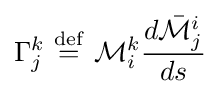
\Gamma _{j}^{k}\ {\stackrel {\mathrm {def} }{=}}\ {\mathcal {M}}_{i}^{k}{d{\bar {\mathcal {M}}}_{j}^{i} \over ds}